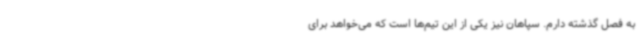
به فصل گذشته دارم. سپاهان نیز یکی از این تیم‌ها است که می‌خواهد برای